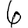
Digit: 6